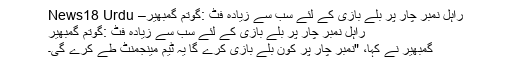
راہل نمبر چار پر بلے بازی کے لئے سب سے زیادہ فٹ :گوتم گمبھیر– News18 Urdu
راہل نمبر چار پر بلے بازی کے لئے سب سے زیادہ فٹ :گوتم گمبھیر
گمبھیر نے کہا، "نمبر چار پر کون بلے بازی کرے گا یہ ٹیم مینجمنٹ طے کرے گی۔